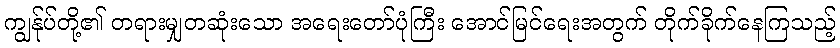
ကျွန်ုပ်တို့၏ တရားမျှတဆုံးသော အရေးတော်ပုံကြီး အောင်မြင်ရေးအတွက် တိုက်ခိုက်နေကြသည့်